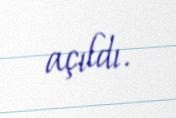
açıldı.